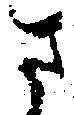
さ